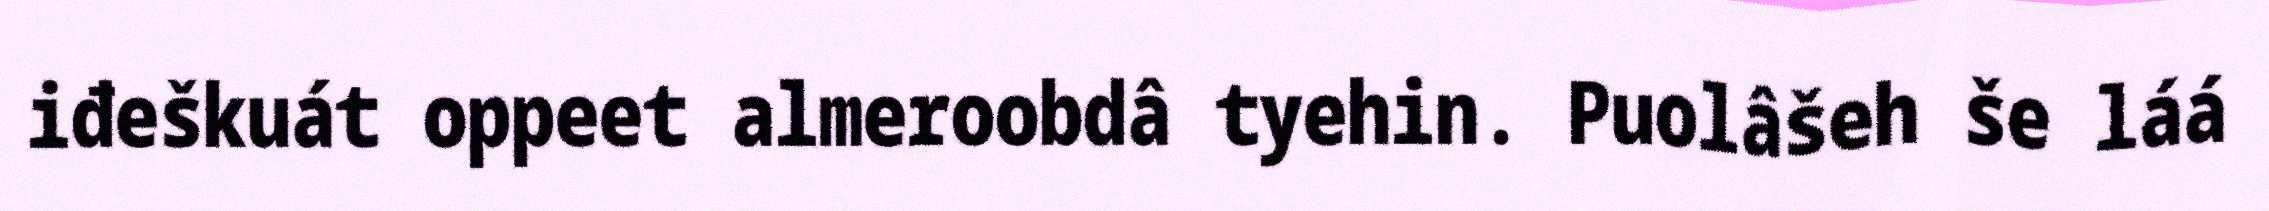
iđeškuát oppeet almeroobdâ tyehin. Puolâšeh še láá